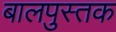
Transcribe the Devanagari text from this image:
बालपुस्तक